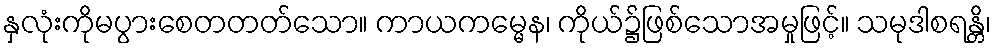
နှလုံးကိုမပွားစေတတတ်သော။ ကာယကမ္မေန၊ ကိုယ်၌ဖြစ်သောအမှုဖြင့်။ သမုဒါစရန္တိ၊